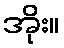
အိုး။